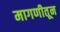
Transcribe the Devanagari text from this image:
मागणीतून